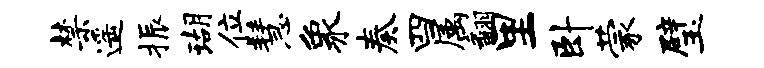
禁遥振瑚位慧象奏四属翻里卧蒙璧